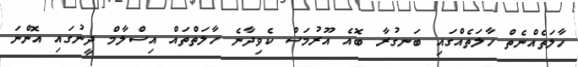
ހާލަތެއްނެތް ހާލަތެއްގައި ބަނގުރާ ބޮއެ އޫރުމަސް ކެވިދާނެ ހާލަތްތައް އިސްލާމް ދީނުގައި އޮންނަ